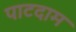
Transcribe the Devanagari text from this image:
पाटदाम